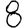
Digit: 8